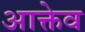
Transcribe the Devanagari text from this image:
आक्तेव